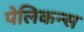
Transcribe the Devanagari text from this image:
पेलिकन्स